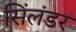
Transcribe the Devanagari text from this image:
सिंलंडर